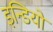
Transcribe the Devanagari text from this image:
इन्डियो